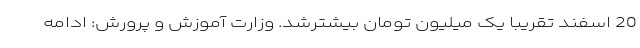
20 اسفند تقریبا یک میلیون تومان بیشترشد. وزارت آموزش و پرورش: ادامه